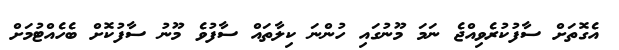
އެގޮތަށް ސާފުކުރެވިއްޖެ ނަމަ މޫނުގައި ހުންނަ ކިލާތައް ސާފުވެ މޫނު ސާފުކޮށް ބެހެއްޓުމަށް